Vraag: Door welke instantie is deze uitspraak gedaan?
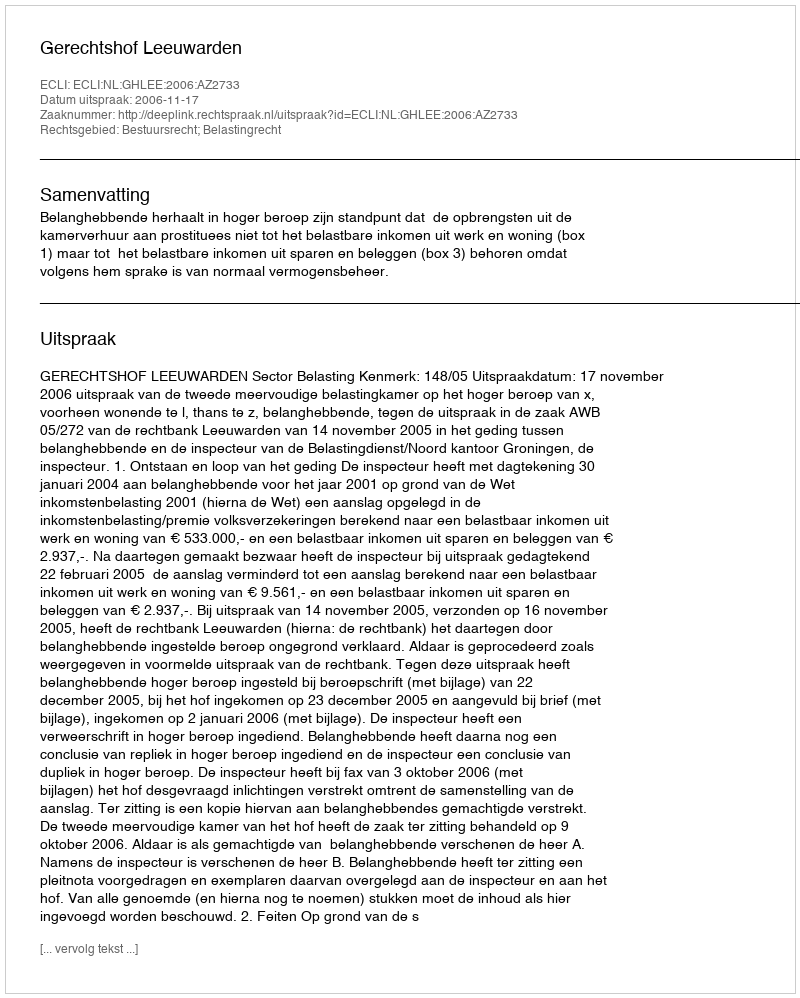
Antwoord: Gerechtshof Leeuwarden